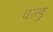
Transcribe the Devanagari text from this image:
वल्ड्र